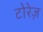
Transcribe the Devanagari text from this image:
टोरेज़